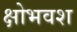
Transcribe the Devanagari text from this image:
क्षोभवश